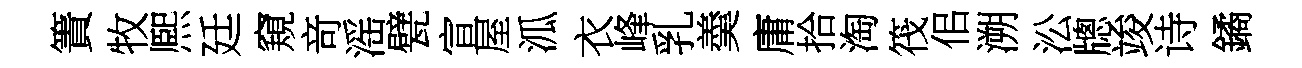
簀牧熈廷窺竒滛甓宣屋泒衣峰乳羮庸拾淘筏佀溯㳂牕竣诗鐍